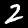
Digit: 2